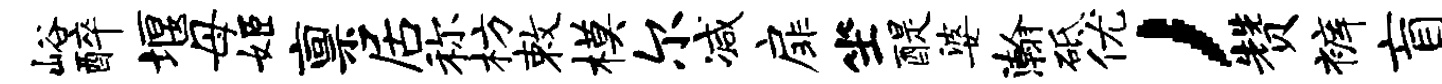
峪醉堰母姬禀居称枋敕模尔减扉坐醍婆瀚砥优，赞裤盲